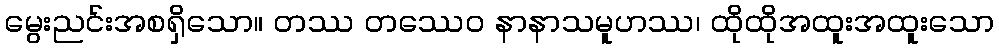
မွေးညင်းအစရှိသော။ တဿ တဿေဝ နာနာသမူဟဿ၊ ထိုထိုအထူးအထူးသော